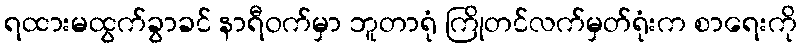
ရထားမထွက်ခွာခင် နာရီဝက်မှာ ဘူတာရုံ ကြိုတင်လက်မှတ်ရုံးက စာရေးကို